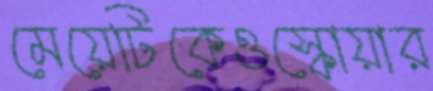
মেয়েটিকেওস্কোয়ার